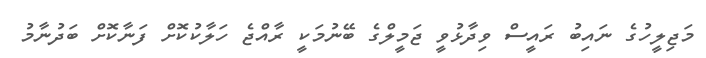
މަޖިލީހުގެ ނައިބު ރައީސް ވިދާޅުވީ ޖަމީލްގެ ބޭނުމަކީ ރާއްޖެ ހަލާކުކޮށް ފަނާކޮށް ބަދުނާމު